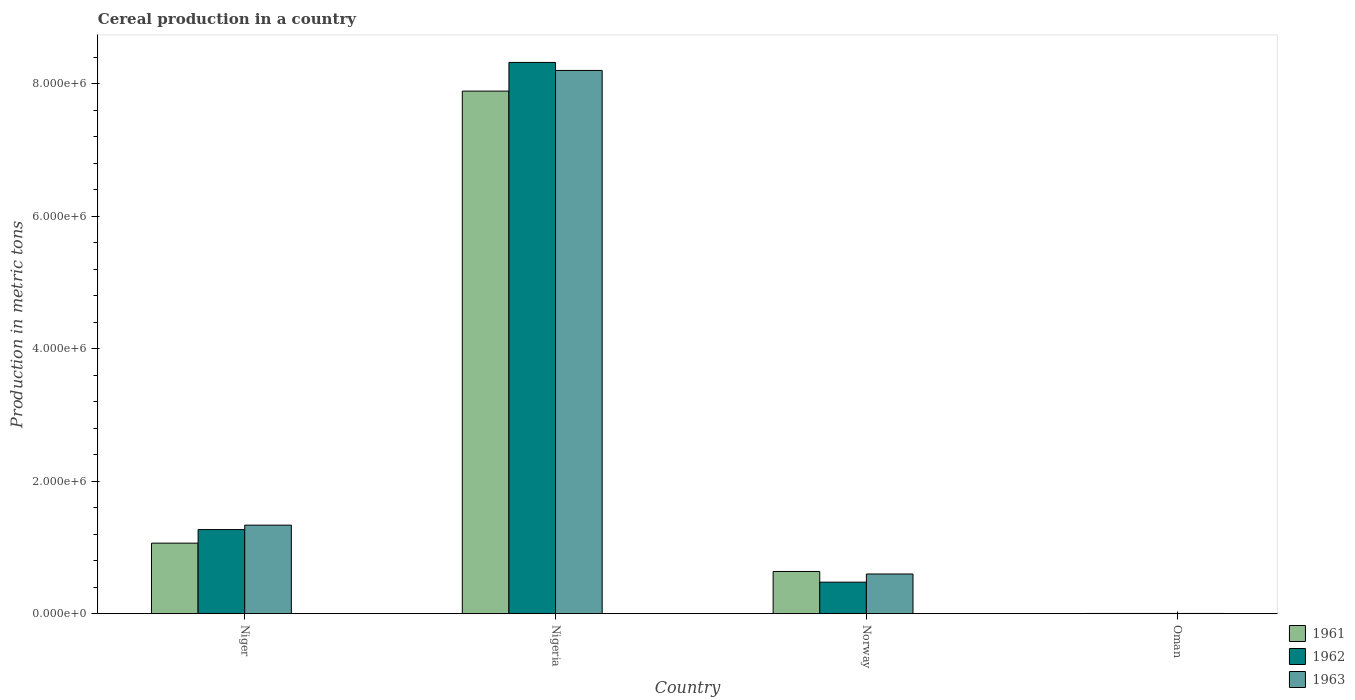
| Country | 1961 | 1962 | 1963 |
 | --- | --- | --- | --- |
 | Niger | 1.06e+06 | 1.27e+06 | 1.34e+06 |
 | Nigeria | 7.89e+06 | 8.32e+06 | 8.2e+06 |
 | Norway | 6.37e+05 | 4.75e+05 | 5.99e+05 |
 | Oman | 2.9e+03 | 2.9e+03 | 3e+03 |